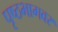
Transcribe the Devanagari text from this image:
पृष्ठभागवर